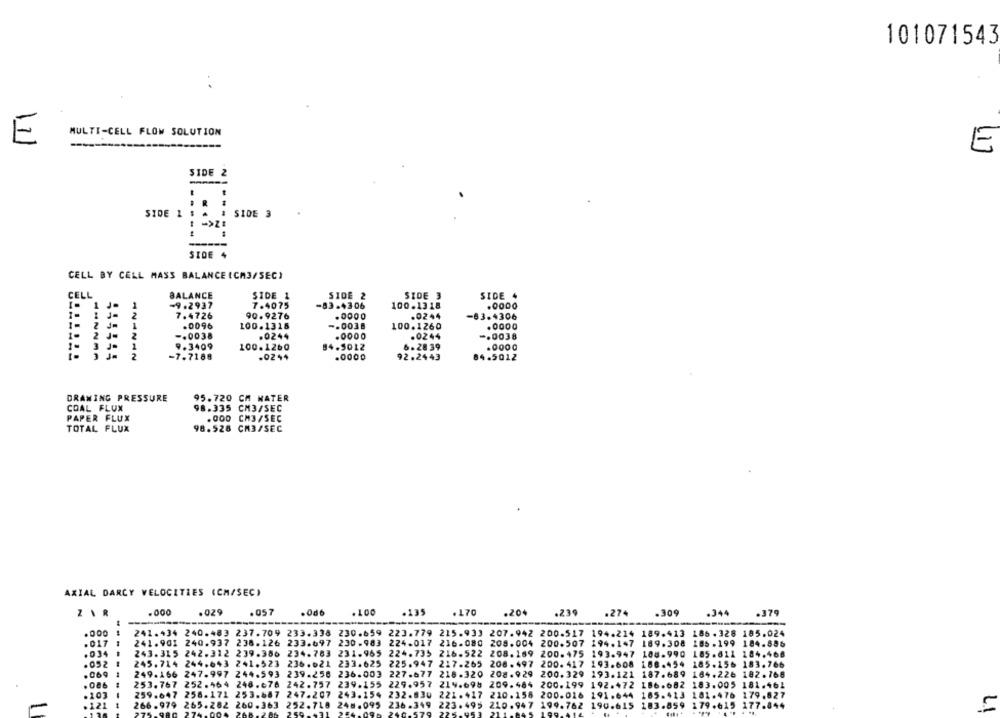
101071543
MULTI-CELL FLOW SOLUTION
E
E
SIDE 2
SIDE 1
SIDE 3
-----
SIDE 4
CELL BY CELL MASS BALANCE ICH3/SEC}
CELL
BALANCE
SIDE 1
SIDE 2
SIDE 3
SIDE
1 J-
-9.2937
7.4075
-83-4306
100.1318
.0000
2
7.4726
90.9276
.0000
.0244
-63.4306
2 Jm
1
.0096
100.1318
.0038
100.1260
.0000
2 J=
2
-. 0038
.0244
.0000
.0244
-. 0038
9.3409
.. 5012
3 J=
1
100.1260
6.28 39
2
-7.7188
.0244
.0000
92.2443
84.5012
DRAWING PRESSURE
95.720 CM MATER
COAL FLUX
98.335 CM3/SEC
. 000 CM3/SEC
PAPER FLUX
TOTAL FLUX
98.528 CM3/SEC
AXIAL DARCY VELOCITIES (CM/SEC)
.000
.029
.057
.100
.170
ZAR
.0db
.135
.204
.239
.274
.309
.344
.379
.000
241.434 240.483 237.709 233.338 230.659 223.779 215.933 207.942 200.517 194.214 189.413 186.328 185.024
. 017
241.901 240.937 238.126 233.697 230.983 224.017 216.080 208.004 200.507 194.147
189.308 185.199 184.886
. 034
--
243.315 242.312 239.386 234.783 231.965 224.735 216.522 208.169 200.475 193.947
108.990 185.611 184.468
. 052
245.714 244.643 241.523 236.021 233.625 225.947 217.265 208.497 200.417 193.608 188.454 185.156 183.766
.069
249.166 247.997 244.593 239.258 236.003 227.677 218-320 208.929 200.329 193.121 187.689 104.226 182.768
.086
253.767 252.464 248.676 242.757 239.155 229.957
219.698 209.484 200.199
192.472 186.682 183.005 181.461
.103
259.647 258.171 253.687
247.207 243.154 232.830 221.417 210.158 200.016 191.644 185.413
181.476 179.627
.121
266.979
aan
265.282 260.363
252.718 248.095 236.349
223.495 210.947 199.762
190.615 183.859 179.615 177.844
259
225-953